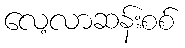
လေ့လာဆန်းစစ်